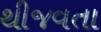
થીજવતા